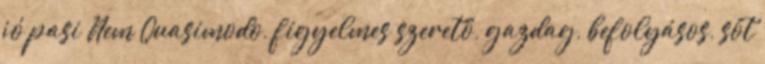
jó pasi Nem Quasimodo, figyelmes szerető, gazdag, befolyásos, sőt